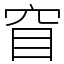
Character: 窅